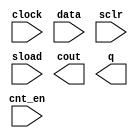
// megafunction wizard: %LPM_COUNTER%VBB%
// GENERATION: STANDARD
// VERSION: WM1.0
// MODULE: LPM_COUNTER 

// ============================================================
// Megafunction Name(s):
// 			LPM_COUNTER
//
// Simulation Library Files(s):
// 			lpm
// ============================================================
// ************************************************************
// THIS IS A WIZARD-GENERATED FILE. DO NOT EDIT THIS FILE!
//
// 14.1.0 Build 186 12/03/2014 SJ Full Version
// ************************************************************

//Copyright (C) 1991-2014 Altera Corporation. All rights reserved.
//Your use of Altera Corporation's design tools, logic functions 
//and other software and tools, and its AMPP partner logic 
//functions, and any output files from any of the foregoing 
//(including device programming or simulation files), and any 
//associated documentation or information are expressly subject 
//to the terms and conditions of the Altera Program License 
//Subscription Agreement, the Altera Quartus II License Agreement,
//the Altera MegaCore Function License Agreement, or other 
//applicable license agreement, including, without limitation, 
//that your use is for the sole purpose of programming logic 
//devices manufactured by Altera and sold by Altera or its 
//authorized distributors.  Please refer to the applicable 
//agreement for further details.

module up_count_with_load (
	clock,
	cnt_en,
	data,
	sclr,
	sload,
	cout,
	q);

	input	  clock;
	input	  cnt_en;
	input	[15:0]  data;
	input	  sclr;
	input	  sload;
	output	  cout;
	output	[15:0]  q;

endmodule

// ============================================================
// CNX file retrieval info
// ============================================================
// Retrieval info: PRIVATE: ACLR NUMERIC "0"
// Retrieval info: PRIVATE: ALOAD NUMERIC "0"
// Retrieval info: PRIVATE: ASET NUMERIC "0"
// Retrieval info: PRIVATE: ASET_ALL1 NUMERIC "1"
// Retrieval info: PRIVATE: CLK_EN NUMERIC "0"
// Retrieval info: PRIVATE: CNT_EN NUMERIC "1"
// Retrieval info: PRIVATE: CarryIn NUMERIC "0"
// Retrieval info: PRIVATE: CarryOut NUMERIC "1"
// Retrieval info: PRIVATE: Direction NUMERIC "0"
// Retrieval info: PRIVATE: INTENDED_DEVICE_FAMILY STRING "Cyclone V"
// Retrieval info: PRIVATE: ModulusCounter NUMERIC "0"
// Retrieval info: PRIVATE: ModulusValue NUMERIC "0"
// Retrieval info: PRIVATE: SCLR NUMERIC "1"
// Retrieval info: PRIVATE: SLOAD NUMERIC "1"
// Retrieval info: PRIVATE: SSET NUMERIC "0"
// Retrieval info: PRIVATE: SSET_ALL1 NUMERIC "1"
// Retrieval info: PRIVATE: SYNTH_WRAPPER_GEN_POSTFIX STRING "0"
// Retrieval info: PRIVATE: nBit NUMERIC "16"
// Retrieval info: PRIVATE: new_diagram STRING "1"
// Retrieval info: LIBRARY: lpm lpm.lpm_components.all
// Retrieval info: CONSTANT: LPM_DIRECTION STRING "UP"
// Retrieval info: CONSTANT: LPM_PORT_UPDOWN STRING "PORT_UNUSED"
// Retrieval info: CONSTANT: LPM_TYPE STRING "LPM_COUNTER"
// Retrieval info: CONSTANT: LPM_WIDTH NUMERIC "16"
// Retrieval info: USED_PORT: clock 0 0 0 0 INPUT NODEFVAL "clock"
// Retrieval info: USED_PORT: cnt_en 0 0 0 0 INPUT NODEFVAL "cnt_en"
// Retrieval info: USED_PORT: cout 0 0 0 0 OUTPUT NODEFVAL "cout"
// Retrieval info: USED_PORT: data 0 0 16 0 INPUT NODEFVAL "data[15..0]"
// Retrieval info: USED_PORT: q 0 0 16 0 OUTPUT NODEFVAL "q[15..0]"
// Retrieval info: USED_PORT: sclr 0 0 0 0 INPUT NODEFVAL "sclr"
// Retrieval info: USED_PORT: sload 0 0 0 0 INPUT NODEFVAL "sload"
// Retrieval info: CONNECT: @clock 0 0 0 0 clock 0 0 0 0
// Retrieval info: CONNECT: @cnt_en 0 0 0 0 cnt_en 0 0 0 0
// Retrieval info: CONNECT: @data 0 0 16 0 data 0 0 16 0
// Retrieval info: CONNECT: @sclr 0 0 0 0 sclr 0 0 0 0
// Retrieval info: CONNECT: @sload 0 0 0 0 sload 0 0 0 0
// Retrieval info: CONNECT: cout 0 0 0 0 @cout 0 0 0 0
// Retrieval info: CONNECT: q 0 0 16 0 @q 0 0 16 0
// Retrieval info: GEN_FILE: TYPE_NORMAL up_count_with_load.v TRUE
// Retrieval info: GEN_FILE: TYPE_NORMAL up_count_with_load.inc FALSE
// Retrieval info: GEN_FILE: TYPE_NORMAL up_count_with_load.cmp FALSE
// Retrieval info: GEN_FILE: TYPE_NORMAL up_count_with_load.bsf FALSE
// Retrieval info: GEN_FILE: TYPE_NORMAL up_count_with_load_inst.v FALSE
// Retrieval info: GEN_FILE: TYPE_NORMAL up_count_with_load_bb.v TRUE
// Retrieval info: LIB_FILE: lpm